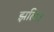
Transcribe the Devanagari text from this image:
झलित